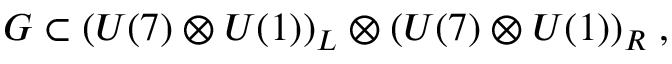
{ \cal { G } } \subset ( U ( 7 ) \otimes U ( 1 ) ) _ { L } \otimes ( U ( 7 ) \otimes U ( 1 ) ) _ { R } \; ,